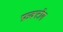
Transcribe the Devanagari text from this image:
फ्रक्टोग